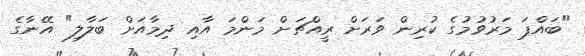
"ބައްޕަ މަރުވުމުގެ ކުރިން ވަރަށް ރީއްޗަށް މަންމަ އާއި ދިމާއަށް ބަލާލި" އޭނާގެ